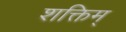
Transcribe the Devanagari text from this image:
शक्तिम्‌